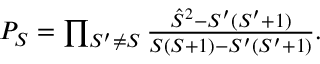
\begin{array} { r } { P _ { S } = \prod _ { S ^ { \prime } \ne S } \frac { \hat { S } ^ { 2 } - S ^ { \prime } ( S ^ { \prime } + 1 ) } { S ( S + 1 ) - S ^ { \prime } ( S ^ { \prime } + 1 ) } . } \end{array}